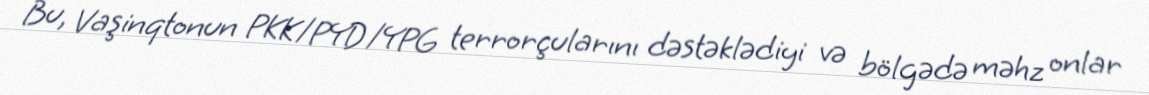
Bu, Vaşinqtonun PKK/PYD/YPG terrorçularını dəstəklədiyi və bölgədə məhz onlar